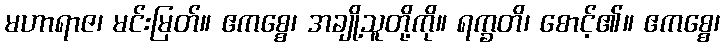
မဟာရာဇ၊ မင်းမြတ်။ ဧကစ္စေ၊ အချို့သူတို့ကို။ ရက္ခတိ၊ စောင့်၏။ ဧကစ္စေ၊